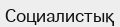
Социалистық